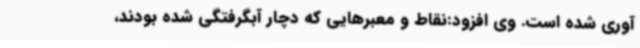
آوری شده است. وی افزود:نقاط و معبرهایی که دچار آبگرفتگی شده بودند،